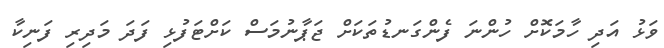
ވަޅު އަދި ހާމަކޮށް ހުންނަ ފެންގަނޑުތަކަށް ޖަޕާނުމަސް ކަށްޓަފުޅި ފަދަ މަދިރި ފަނިކާ